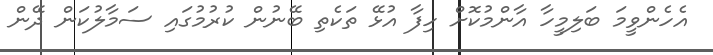
އެހެންވީމަ ބަލިމީހާ އާންމުކޮށް ހިފާ އުޅޭ ތަކެތި ބޭނުން ކުރުމުގައި ސަމާލުކަން ދޭން